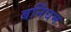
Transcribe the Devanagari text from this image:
बर्निंघम